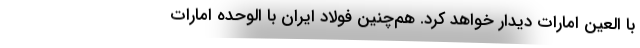
با العین امارات دیدار خواهد کرد. هم‌چنین فولاد ایران با الوحده امارات